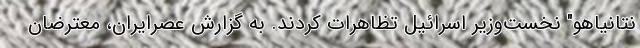
نتانیاهو" نخست‌وزیر اسرائیل تظاهرات کردند. به گزارش عصرایران، معترضان